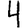
Digit: 4